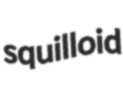
squilloid